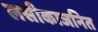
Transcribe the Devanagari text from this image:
लसीकाजनित